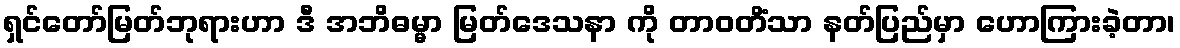
ရှင်တော်မြတ်ဘုရားဟာ ဒီ အဘိဓမ္မာ မြတ်ဒေသနာ ကို တာဝတိံသာ နတ်ပြည်မှာ ဟောကြားခဲ့တာ၊